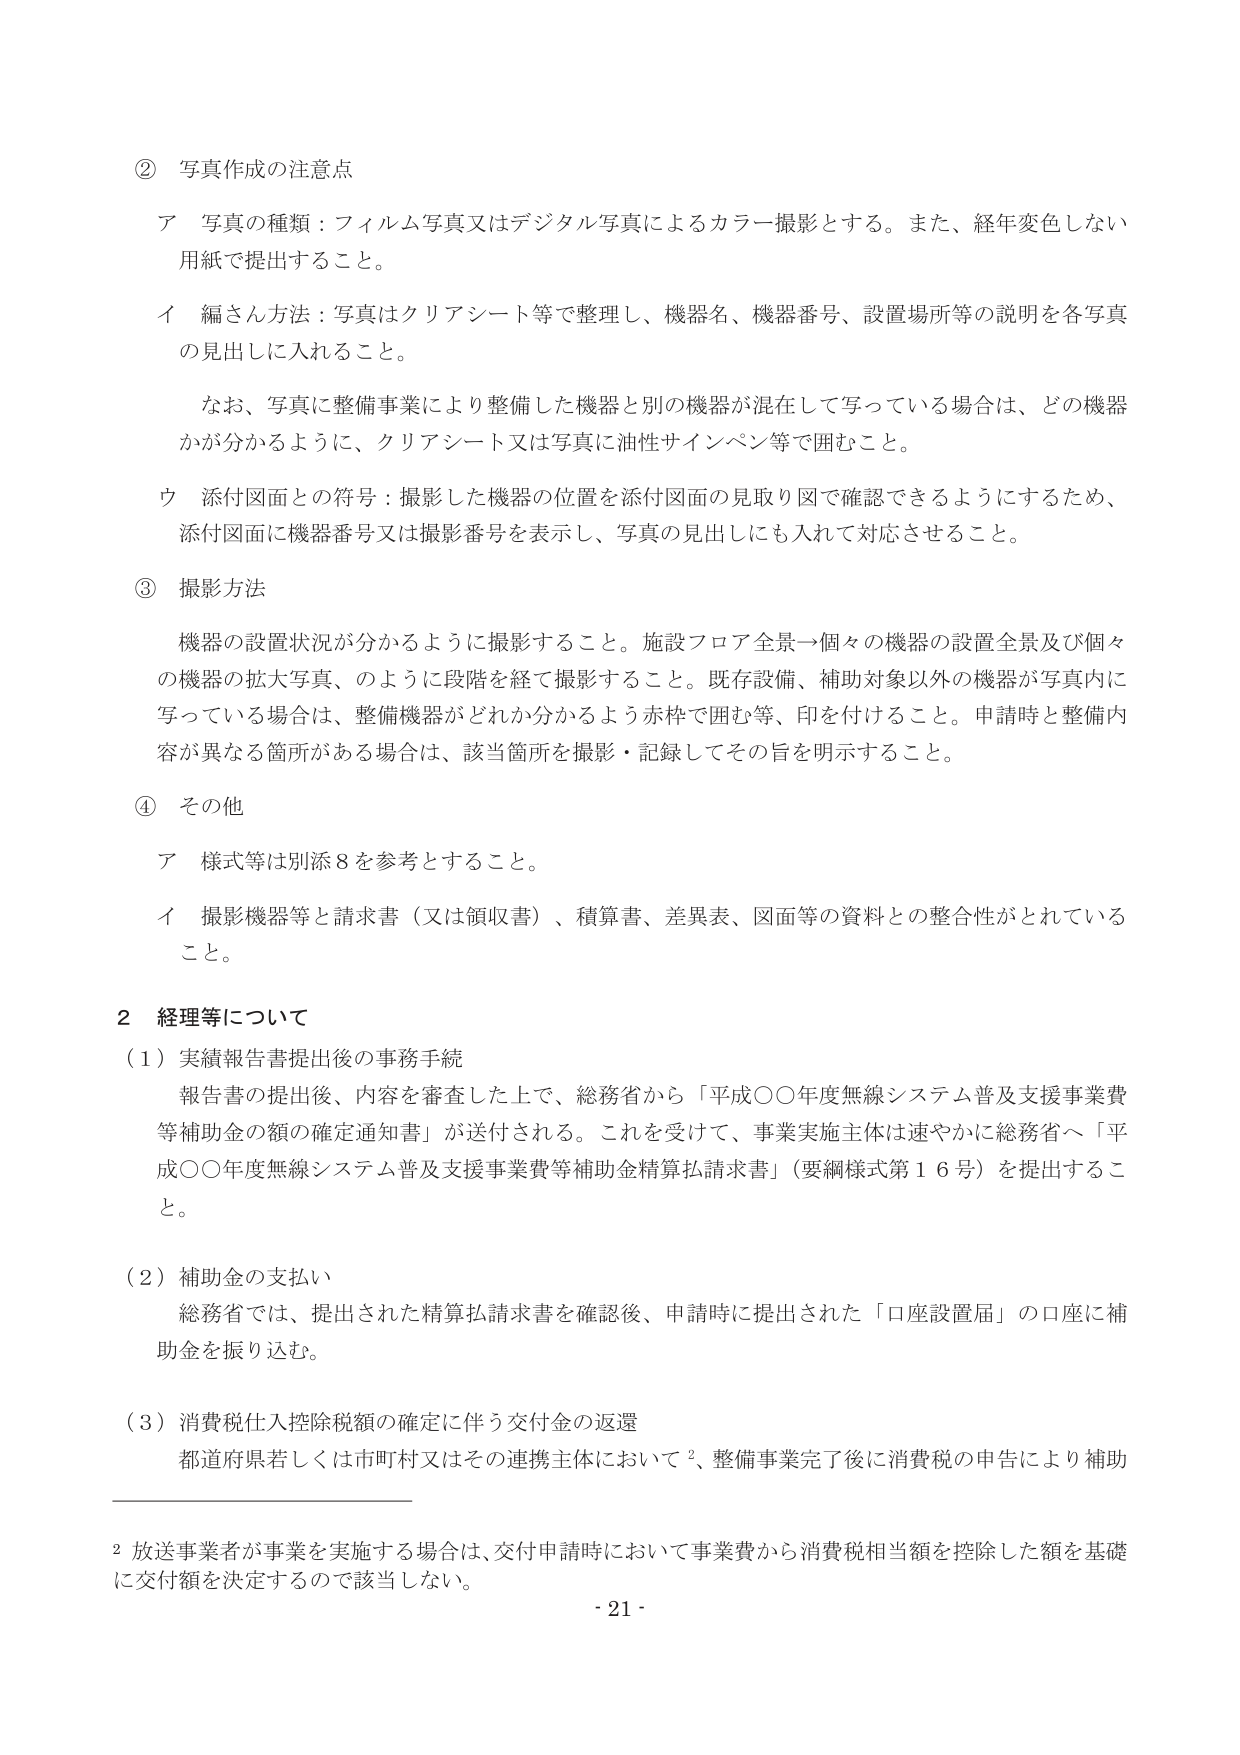
② 写真作成の注意点
ア 写真の種類：フィルム写真又はデジタル写真によるカラー撮影とする。また、経年変色しない用紙で提出すること。
イ 編さん方法：写真はクリアシート等で整理し、機器名、機器番号、設置場所等の説明を各写真の見出しに入れるこ と。
　　なお、写真に整備事業により整備した機器と別の機器が混在して写っている場合は、どの機器かが分かるように、クリアシート又は写真に油性サインペン等で囲むこと。
ウ 添付図面との符号：撮影した機器の位置を添付図面の見取り図で確認できるようにするため、添付図面に機器番号又は撮影番号を表示し、写真の見出しにも入れて対応させること。

③ 撮影方法
　機器の設置状況が分かるように撮影すること。施設フロア全景→個々の機器の設置全景及び個々の機器の拡大写真、のように段階を経て撮影すること。既存設備、補助対象以外の機器が写真内に写っている場合は、整備機器がどれか分かるよう赤枠で囲む等、印を付けること。申請時と整備内容が異なる箇所がある場合は、該当箇所を撮影・記録してその旨を明示すること。

④ その他
ア 様式等は別添8を参考とすること。
イ 撮影機器等と請求書（又は領収書）、積算書、差異表、図面等の資料との整合性がとれていること。

2 経理等について
（1）実績報告書提出後の事務手続
　報告書の提出後、内容を審査した上で、総務省から「平成〇〇年度無線システム普及支援事業費等補助金の額の確定通知書」が送付される。これを受けて、事業実施主体は速やかに総務省へ「平成〇〇年度無線システム普及支援事業費等補助金精算払請求書」（要綱様式第16号）を提出すること。

（2）補助金の支払い
　総務省では、提出された精算払請求書を確認後、申請時に提出された「口座設置届」の口座に補助金を振り込む。

（3）消費税仕入控除税額の確定に伴う交付金の返還
　都道府県若しくは市町村又はその連携主体において²、整備事業完了後に消費税の申告により補助

² 放送事業者が事業を実施する場合は、交付申請時において事業費から消費税相当額を控除した額を基礎に交付額を決定するので該当しない。
- 21 -